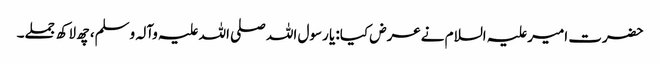
حضرت امیرعلیہ السلام نےعرض کیا: یا رسول اللہ صلی اللہ علیہ وآلہ وسلم، چھ لاکھ جملے۔